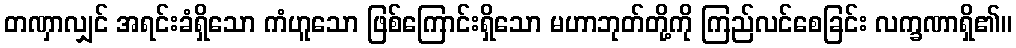
တဏှာလျှင် အရင်းခံရှိသော ကံဟူသော ဖြစ်ကြောင်းရှိသော မဟာဘုတ်တို့ကို ကြည်လင်စေခြင်း လက္ခဏာရှိ၏။